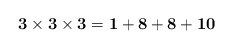
\begin{align*}{\bf 3} \times {\bf 3} \times {\bf 3} = {\bf 1} + {\bf 8} + {\bf 8} +{\bf 10}\end{align*}